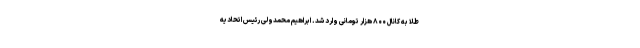
طلا به کانال ۸۰۰ هزار تومانی وارد شد. ابراهیم محمدولی رئیس اتحادیه